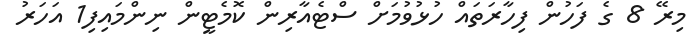
މިރޭ 8 ގެ ފަހުން ފިހާރަތައް ހުޅުވުމަށް ސްޓެއާރިން ކޮމެޓީން ނިންމައިފި1 އަހަރު